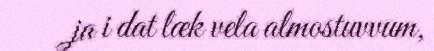
ja i dat læk vela almostuvvum,